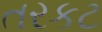
તરકટ